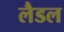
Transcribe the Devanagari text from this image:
लैडल